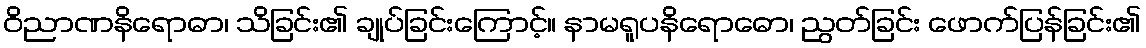
ဝိညာဏနိရောဓာ၊ သိခြင်း၏ ချုပ်ခြင်းကြောင့်။ နာမရူပနိရောဓော၊ ညွတ်ခြင်း ဖောက်ပြန်ခြင်း၏